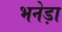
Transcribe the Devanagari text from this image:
भनेड़ा